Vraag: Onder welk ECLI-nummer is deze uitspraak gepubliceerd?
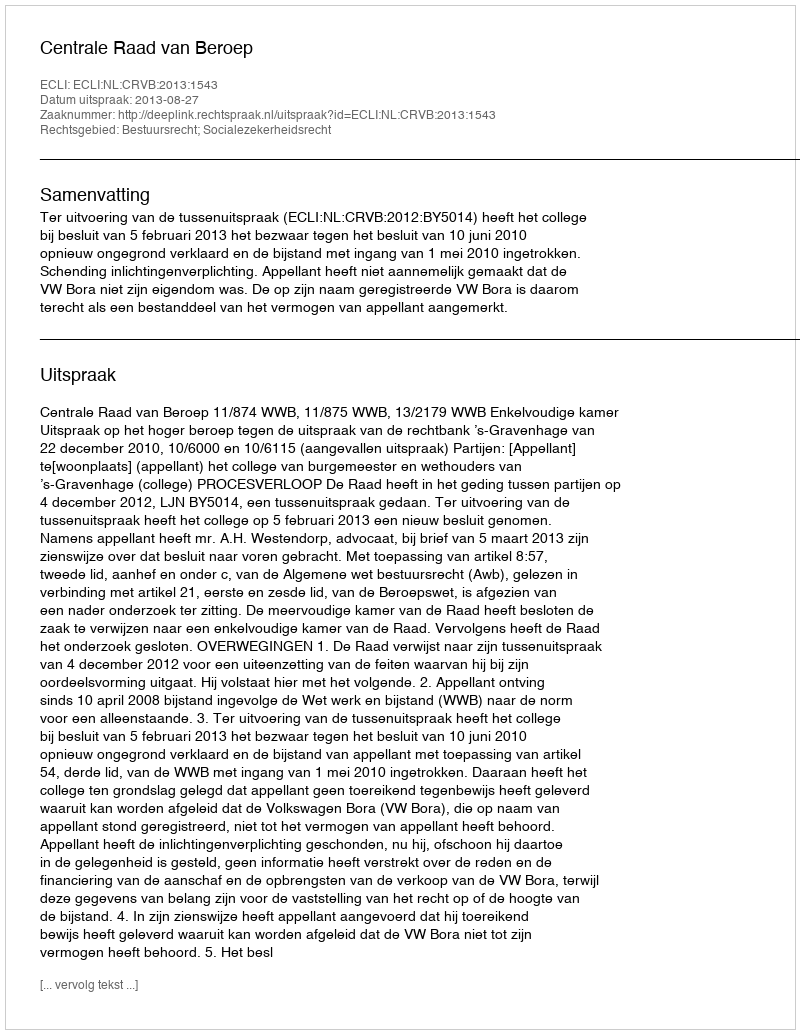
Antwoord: ECLI:NL:CRVB:2013:1543